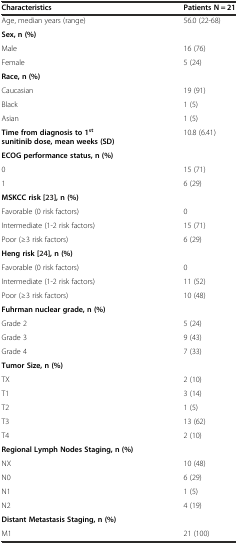
| Characteristics | Patients N = 21 |
 | --- | --- |
 | Age, median years (range) | 56.0 (22-68) |
 | Sex, n (%) |  |
 | Male | 16 (76) |
 | Female | 5 (24) |
 | Race, n (%) |  |
 | Caucasian | 19 (91) |
 | Black | 1 (5) |
 | Asian | 1 (5) |
 | Time from diagnosis to 1stsunitinib dose, mean weeks (SD) | 10.8 (6.41) |
 | ECOG performance status, n (%) |  |
 | 0 | 15 (71) |
 | 1 | 6 (29) |
 | MSKCC risk [23], n (%) |  |
 | Favorable (0 risk factors) | 0 |
 | Intermediate (1-2 risk factors) | 15 (71) |
 | Poor (≥3 risk factors) | 6 (29) |
 | Heng risk [24], n (%) |  |
 | Favorable (0 risk factors) | 0 |
 | Intermediate (1-2 risk factors) | 11 (52) |
 | Poor (≥3 risk factors) | 10 (48) |
 | Fuhrman nuclear grade, n (%) |  |
 | Grade 2 | 5 (24) |
 | Grade 3 | 9 (43) |
 | Grade 4 | 7 (33) |
 | Tumor Size, n (%) |  |
 | TX | 2 (10) |
 | T1 | 3 (14) |
 | T2 | 1 (5) |
 | T3 | 13 (62) |
 | T4 | 2 (10) |
 | Regional Lymph Nodes Staging, n (%) |  |
 | NX | 10 (48) |
 | N0 | 6 (29) |
 | N1 | 1 (5) |
 | N2 | 4 (19) |
 | Distant Metastasis Staging, n (%) |  |
 | M1 | 21 (100) |